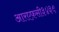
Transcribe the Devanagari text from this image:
आरएफ़सी३४३९